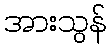
အားသွန်